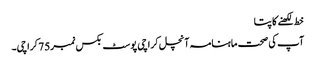
خط لکھنے کا پتا
آپ کی صحت ماہنامہ آنچل کراچی پوسٹ بکس نمبر75 کراچی۔